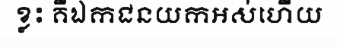
ខ្លះ គឺឯកជនយកអស់ហើយ